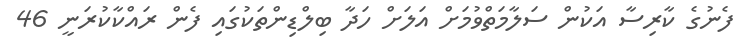
ފެނުގެ ކާރިސާ އަކުން ސަލާމަތްވުމަށް އަލަށް ހަދާ ބިލްޑިންތަކުގައި ފެން ރައްކާކުރަނީ 46